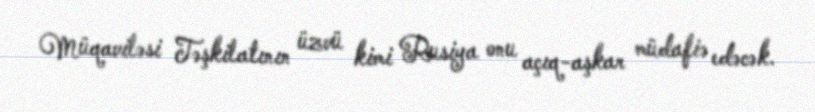
Müqaviləsi Təşkilatının üzvü kimi Rusiya onu açıq-aşkar müdafiə edəcək.